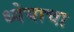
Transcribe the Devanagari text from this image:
ध्येयाचा